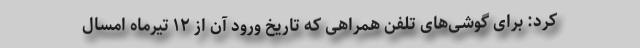
کرد: برای گوشی‌های تلفن همراهی که تاریخ ورود آن از ۱۲ تیرماه امسال